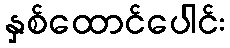
နှစ်ထောင်ပေါင်း